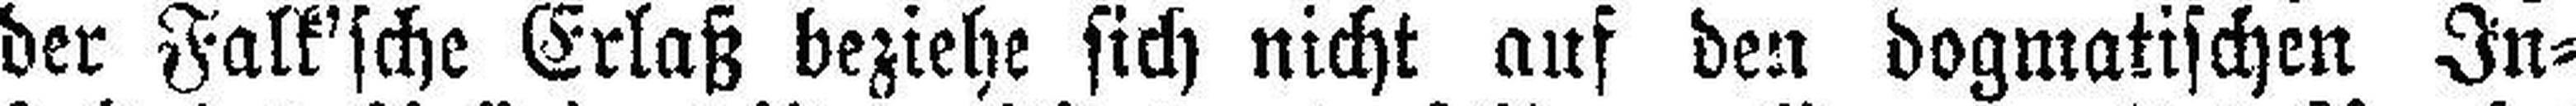
der Falk'sche Erlaß beziehe sich nicht auf den dogmatischen In¬